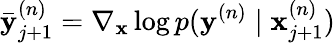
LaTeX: \mathbf{\bar{y}}_{j+1}^{(n)}=\nabla_{\mathbf{x}}\log p(\mathbf{y}^{(n)}\mid\mathbf{x}_{j+1}^{(n)})